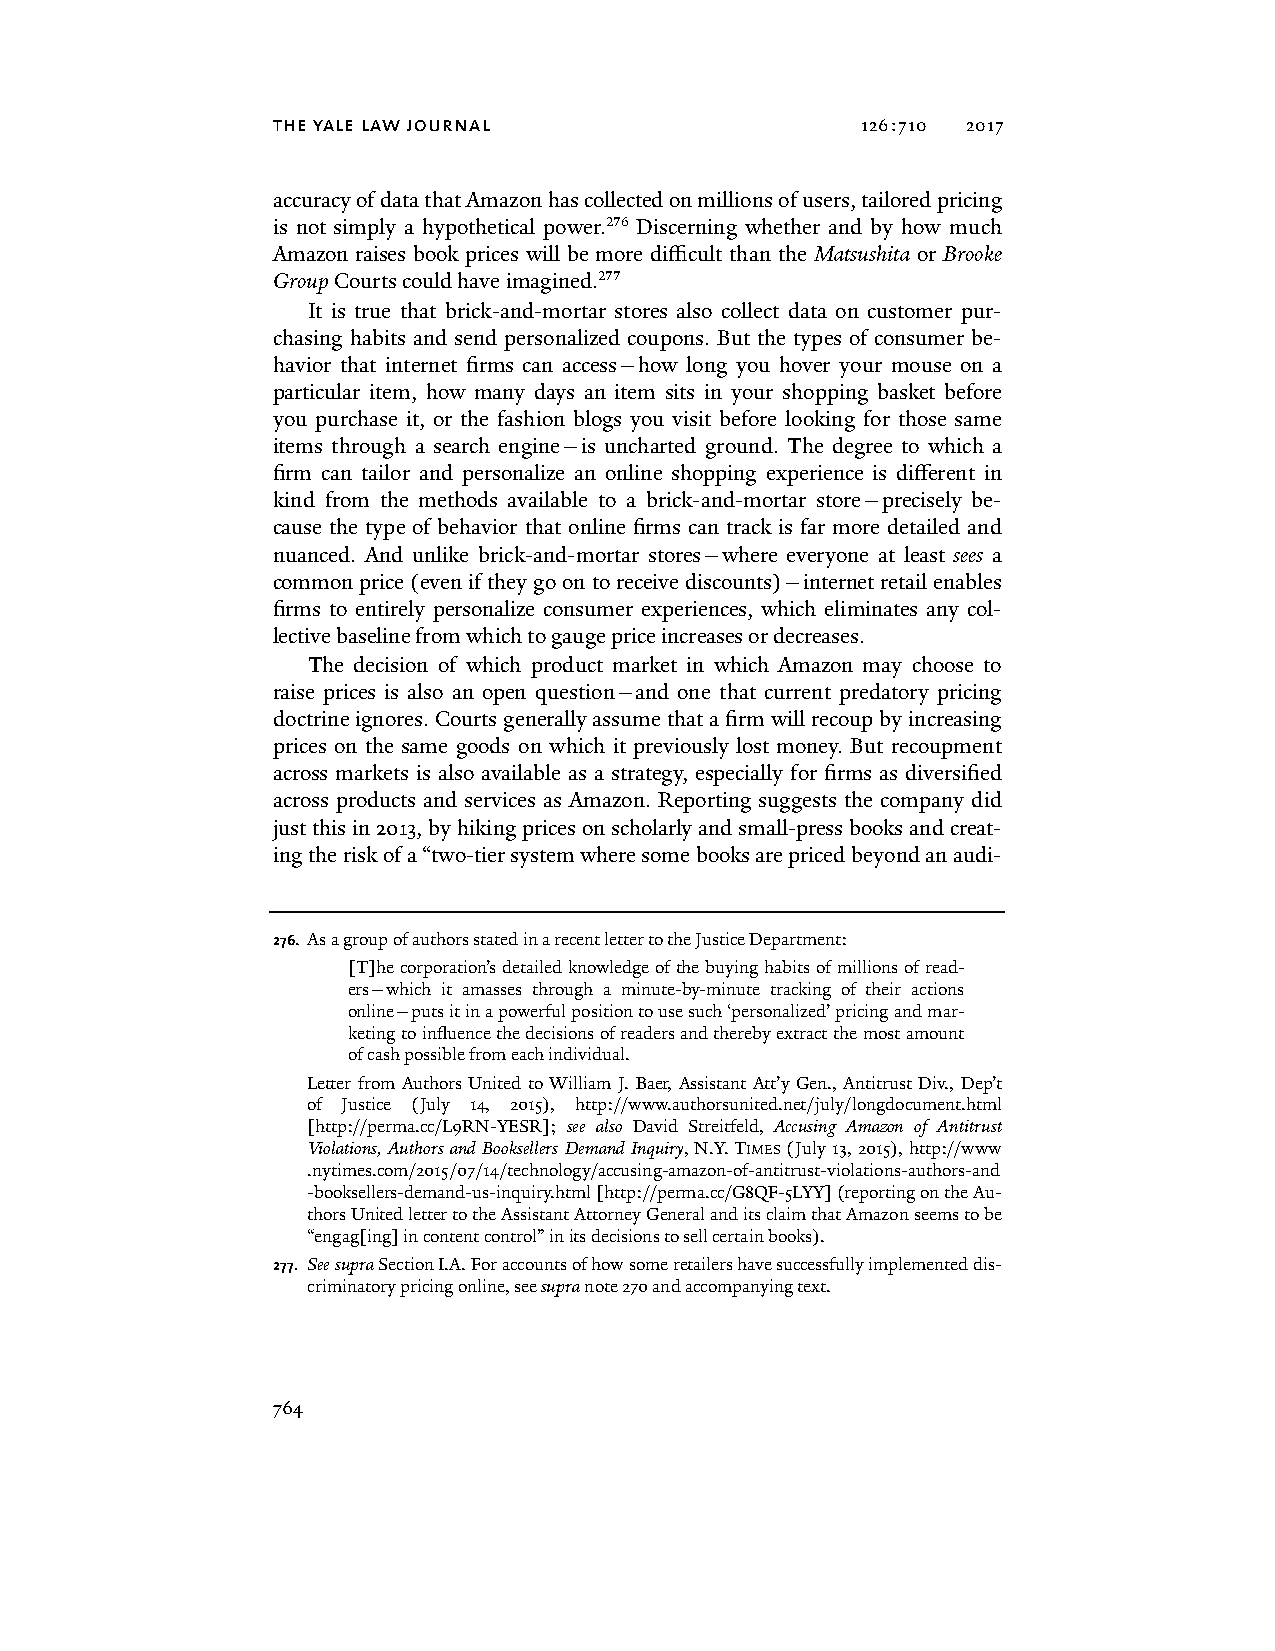
the yale law journal                   126:710 2017
 accuracy of data that Amazon has collected on millions of users, tailored pricing
 is not simply a hypothetical power.276 Discerning whether and by how much
 Amazon raises book prices will be more difficult than the Matsushita or Brooke
 Group Courts could have imagined.277
 It is true that brick-and-mortar stores also collect data on customer pur-
 chasing habits and send personalized coupons. But the types of consumer be-
 havior that internet firms can access—how long you hover your mouse on a
 particular item, how many days an item sits in your shopping basket before
 you purchase it, or the fashion blogs you visit before looking for those same
 items through a search engine—is uncharted ground. The degree to which a
 firm can tailor and personalize an online shopping experience is different in
 kind from the methods available to a brick-and-mortar store—precisely be-
 cause the type of behavior that online firms can track is far more detailed and
 nuanced. And unlike brick-and-mortar stores—where everyone at least sees a
 common price (even if they go on to receive discounts)—internet retail enables
 firms to entirely personalize consumer experiences, which eliminates any col-
 lective baseline from which to gauge price increases or decreases.
 The decision of which product market in which Amazon may choose to
 raise prices is also an open question—and one that current predatory pricing
 doctrine ignores. Courts generally assume that a firm will recoup by increasing
 prices on the same goods on which it previously lost money. But recoupment
 across markets is also available as a strategy, especially for firms as diversified
 across products and services as Amazon. Reporting suggests the company did
 just this in 2013, by hiking prices on scholarly and small-press books and creat-
 ing the risk of a “two-tier system where some books are priced beyond an audi-
 276. As a group of authors stated in a recent letter to the Justice Department:
 [T]he corporation’s detailed knowledge of the buying habits of millions of read-
 ers—which it amasses through a minute-by-minute tracking of their actions
 online—puts it in a powerful position to use such ‘personalized’ pricing and mar-
 keting to influence the decisions of readers and thereby extract the most amount
 of cash possible from each individual.
 Letter from Authors United to William J. Baer, Assistant Att’y Gen., Antitrust Div., Dep’t
 of Justice (July 14, 2015), http://www.authorsunited.net/july/longdocument.html
 [http://perma.cc/L9RN-YESR]; see also David Streitfeld, Accusing Amazon of Antitrust
 Violations, Authors and Booksellers Demand Inquiry, N.Y. TIMES (July 13, 2015), http://www
 .nytimes.com/2015/07/14/technology/accusing-amazon-of-antitrust-violations-authors-and
 -booksellers-demand-us-inquiry.html [http://perma.cc/G8QF-5LYY] (reporting on the Au-
 thors United letter to the Assistant Attorney General and its claim that Amazon seems to be
 “engag[ing] in content control” in its decisions to sell certain books).
 277. See supra Section I.A. For accounts of how some retailers have successfully implemented dis-
 criminatory pricing online, see supra note 270 and accompanying text.
 764